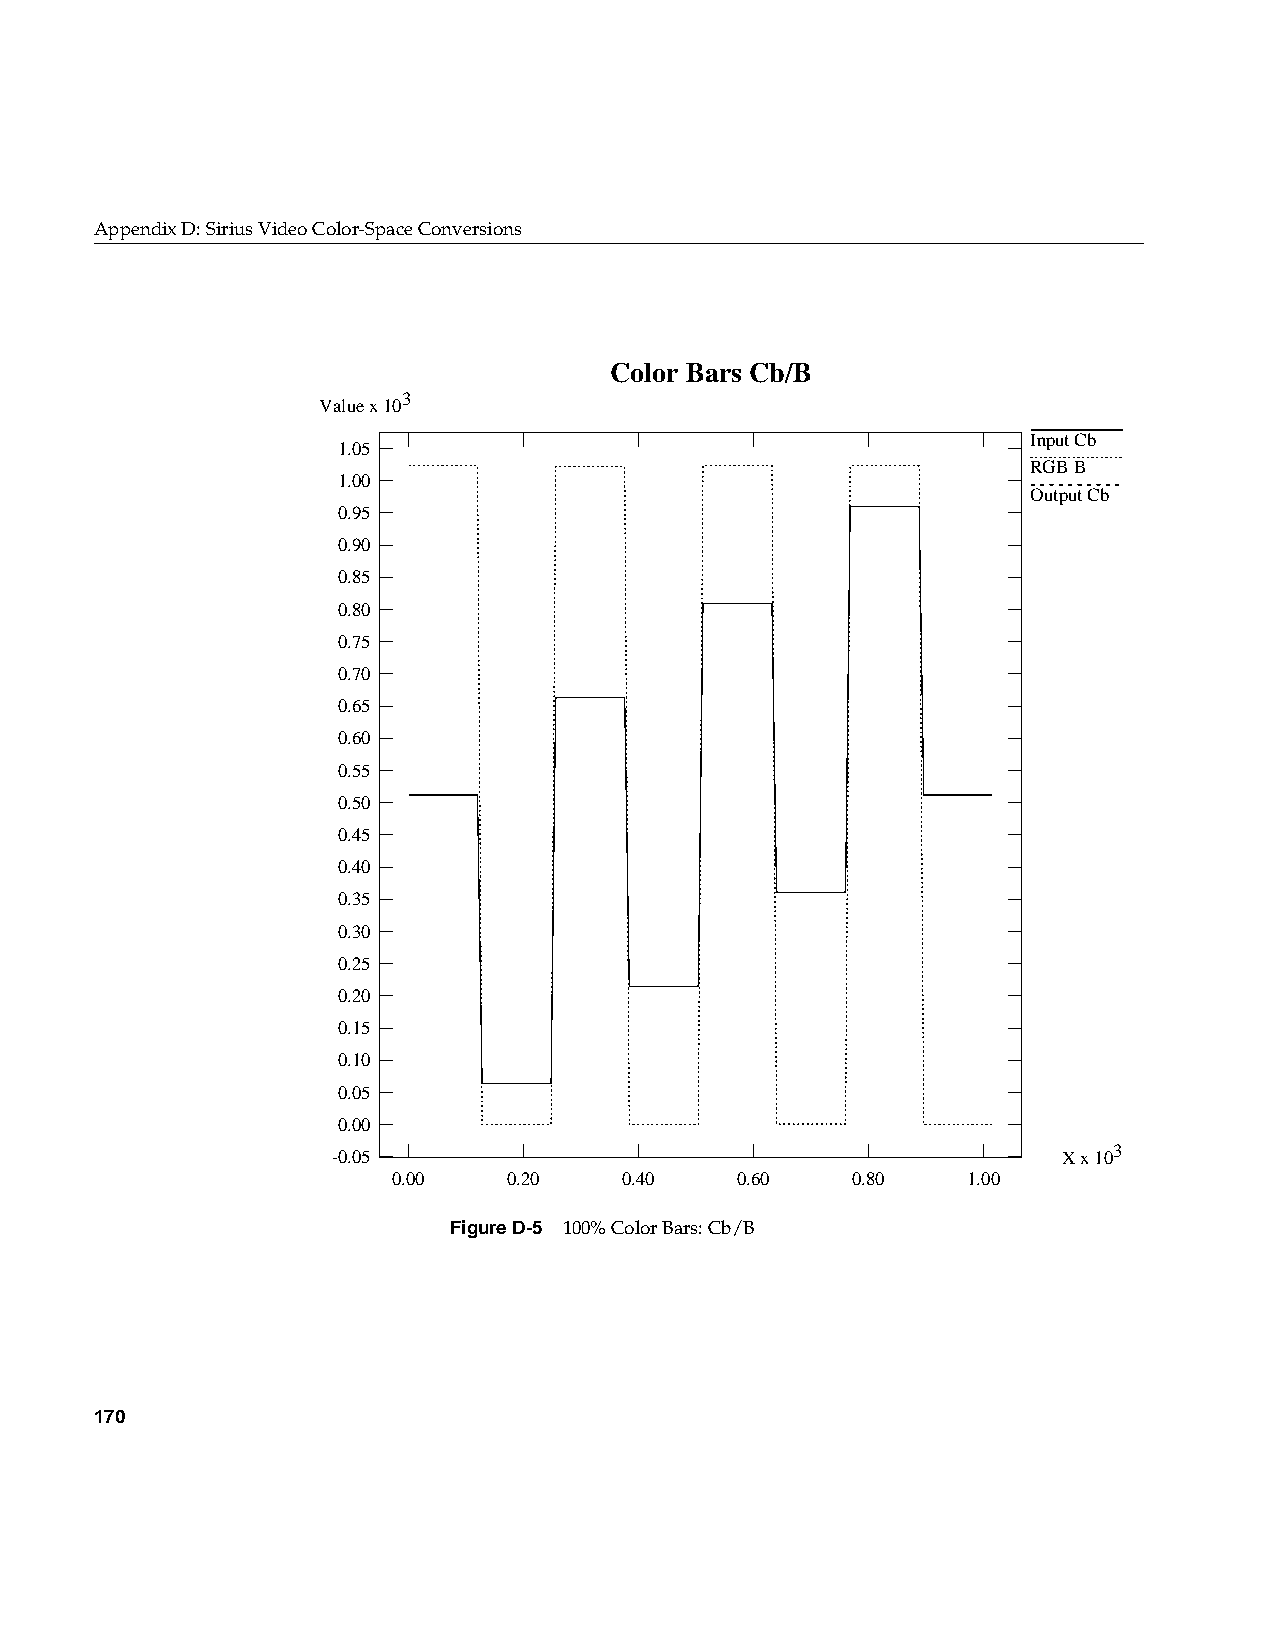
AppendixD: Sirius Video Color-Space Conversions
 Color Bars Cb/B
 3
 Value x 10
 Input Cb
 1.05
 RGB B
 1.00
 Output Cb
 0.95
 0.90
 0.85
 0.80
 0.75
 0.70
 0.65
 0.60
 0.55
 0.50
 0.45
 0.40
 0.35
 0.30
 0.25
 0.20
 0.15
 0.10
 0.05
 0.00
 -0.05                                           X x 103
 0.00    0.20   0.40    0.60   0.80    1.00
 FigureD-5 100% Color Bars: Cb/B
 170